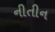
નીતીન